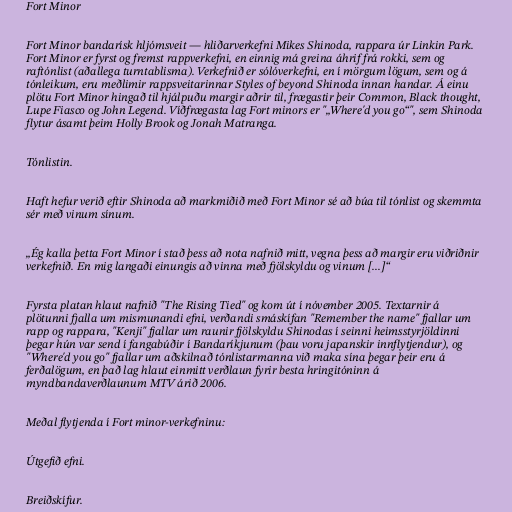
Fort Minor

Fort Minor bandarísk hljómsveit — hliðarverkefni Mikes Shinoda, rappara úr Linkin Park.
Fort Minor er fyrst og fremst rappverkefni, en einnig má greina áhrif frá rokki, sem og
raftónlist (aðallega turntablisma). Verkefnið er sólóverkefni, en í mörgum lögum, sem og á
tónleikum, eru meðlimir rappsveitarinnar Styles of beyond Shinoda innan handar. Á einu
plötu Fort Minor hingað til hjálpuðu margir aðrir til, frægastir þeir Common, Black thought,
Lupe Fiasco og John Legend. Víðfrægasta lag Fort minors er "„Where'd you go“", sem Shinoda
flytur ásamt þeim Holly Brook og Jonah Matranga.

Tónlistin.

Haft hefur verið eftir Shinoda að markmiðið með Fort Minor sé að búa til tónlist og skemmta
sér með vinum sínum.

„Ég kalla þetta Fort Minor í stað þess að nota nafnið mitt, vegna þess að margir eru viðriðnir
verkefnið. En mig langaði einungis að vinna með fjölskyldu og vinum [...]“

Fyrsta platan hlaut nafnið "The Rising Tied" og kom út í nóvember 2005. Textarnir á
plötunni fjalla um mismunandi efni, verðandi smáskífan "Remember the name" fjallar um
rapp og rappara, "Kenji" fjallar um raunir fjölskyldu Shinodas í seinni heimsstyrjöldinni
þegar hún var send í fangabúðir í Bandaríkjunum (þau voru japanskir innflytjendur), og
"Where'd you go" fjallar um aðskilnað tónlistarmanna við maka sína þegar þeir eru á
ferðalögum, en það lag hlaut einmitt verðlaun fyrir besta hringitóninn á
myndbandaverðlaunum MTV árið 2006.

Meðal flytjenda í Fort minor-verkefninu:

Útgefið efni.

Breiðskífur.